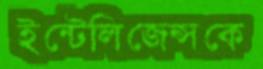
ইন্টেলিজেন্সকে